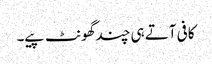
کافی آتے ہی چندگھونٹ پیے۔